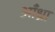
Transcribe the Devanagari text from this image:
आँध्रा